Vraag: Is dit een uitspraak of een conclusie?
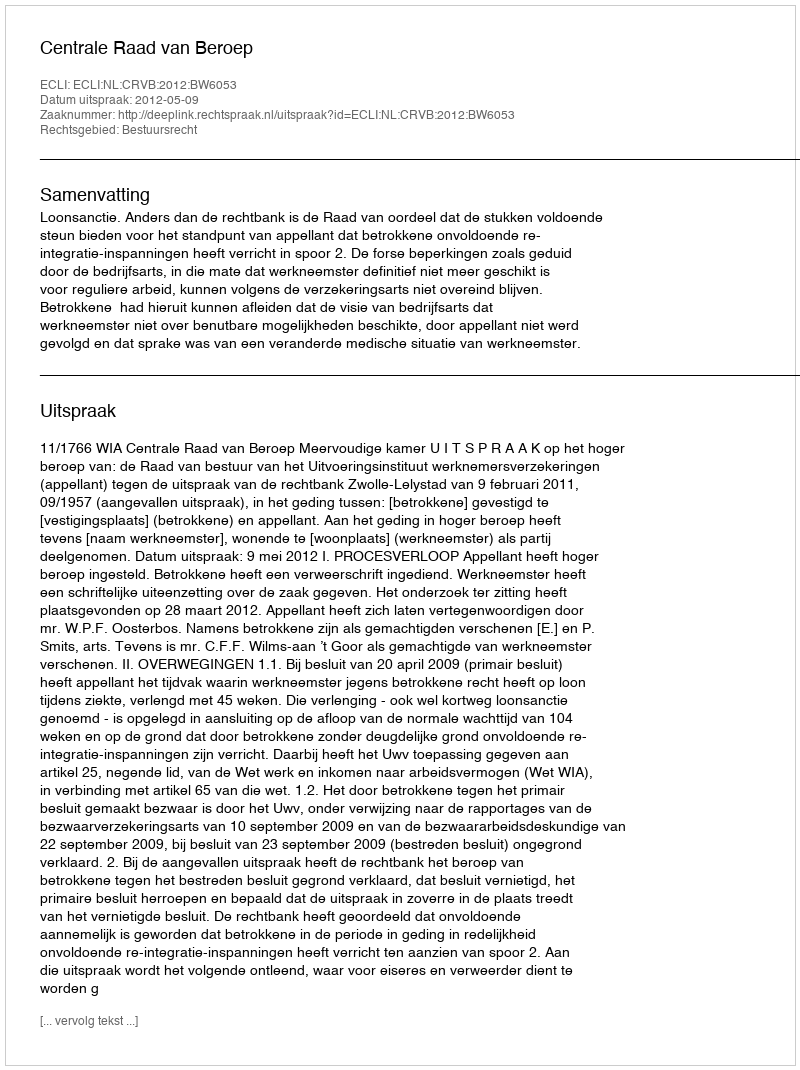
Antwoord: Uitspraak